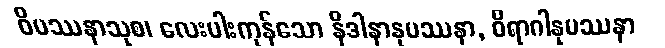
ဝိပဿနာသုစ၊ လေးပါးကုန်သော နိဒါနာနုပဿနာ, ဝိရာဂါနုပဿနာ